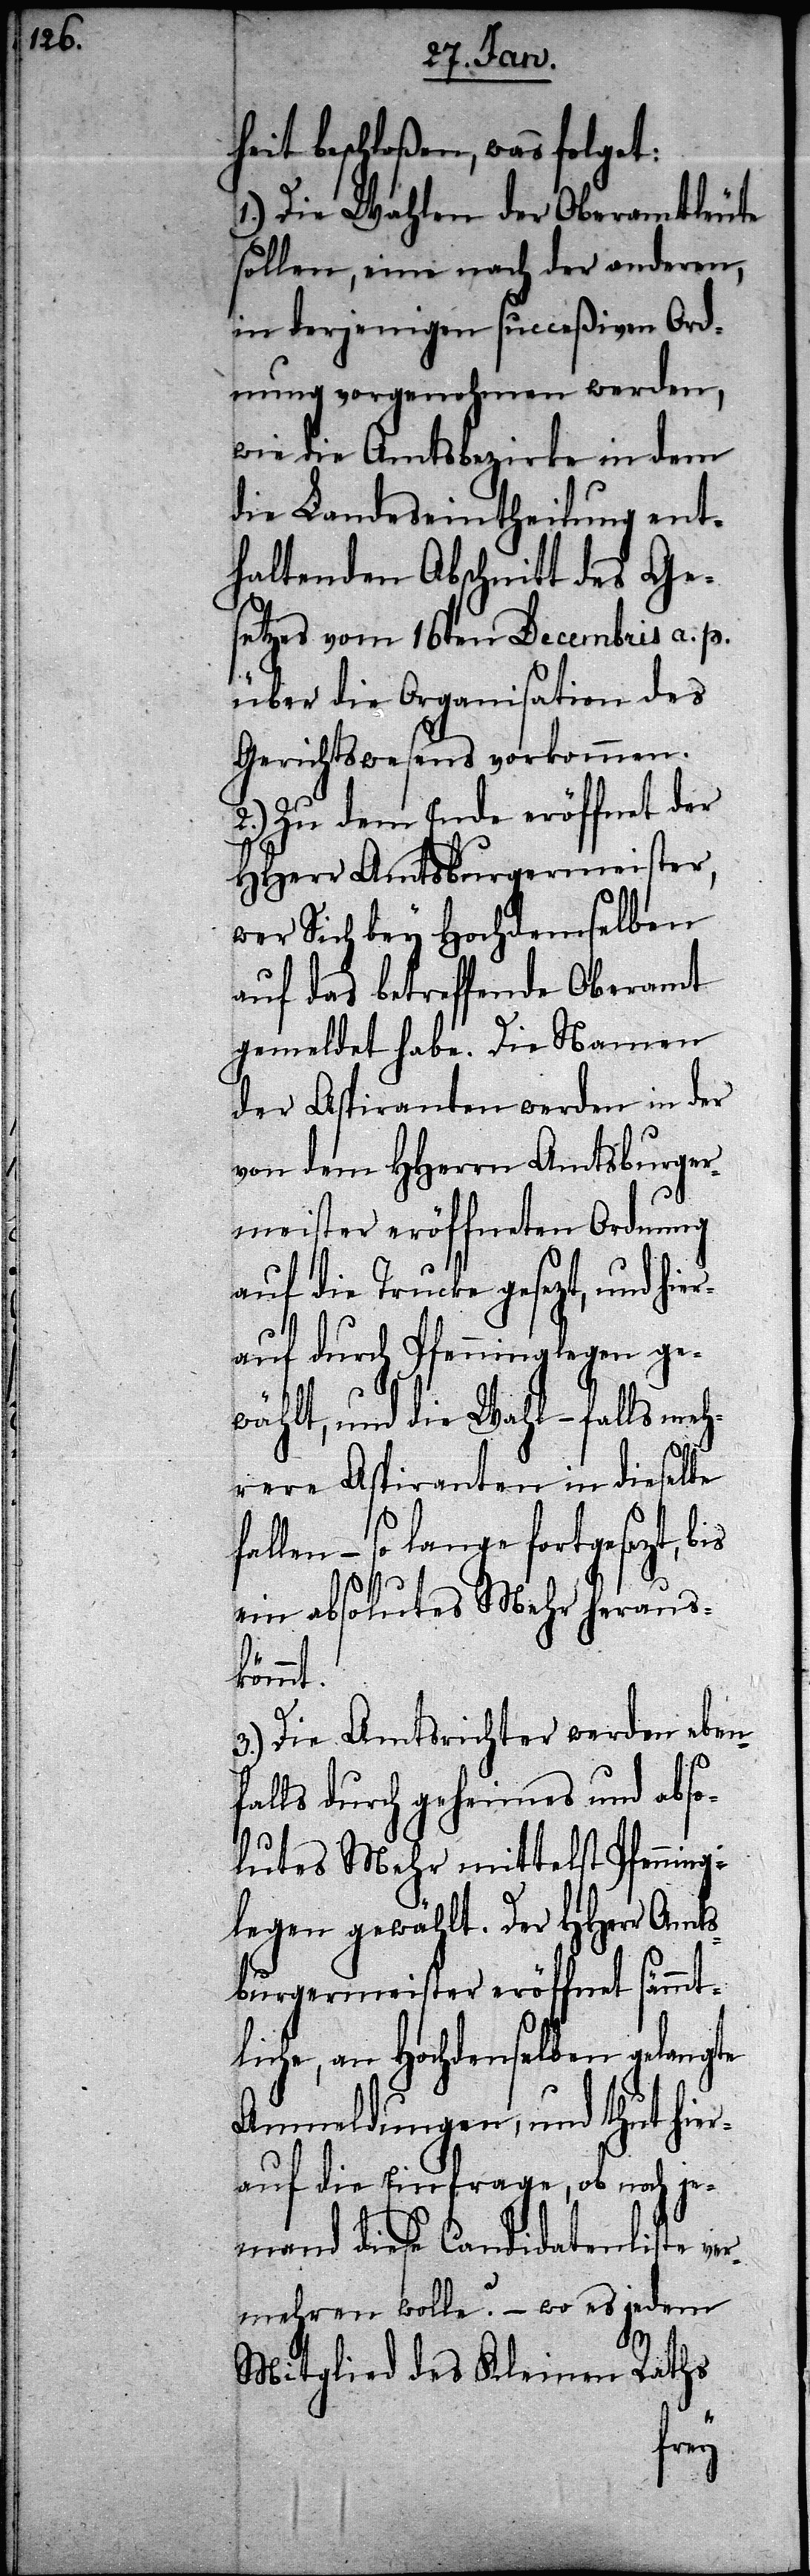
heit beschloßen, was folget:
1.) Die Wahlen der Oberamtleute
sollen, eine nach der anderen,
in derjenigen succeßiven Ord¬
nung vorgenohmen werden,
wie die Amtsbezirke in dem
die Landeseintheilung ent¬
haltenden Abschnitt des Ge¬
setzes vom 16ten Decembris a. p.
über die Organisation des
Gerichtswesens vorkommen.
2.) Zu dem Ende eröffnet der
HHerr Amtsburgermeister,
wer Sich bey Hochdemselben
auf das betreffende Oberamt
gemeldet habe. Die Namen
der Aspiranten werden in der
von dem HHerren Amtsburger¬
meister eröffneten Ordnung
auf die Trucke gesetzt, und hi¬
erauf durch Pfenning legen ge¬
wählt, und die Wahl – falls meh¬
rere Aspiranten in dieselbe
len – so lange fortgesetzt,
ein absolutes Mehr heraus¬
kömmt.
3.) Die Amtsrichter werden eben¬
falls durch geheimes und abso¬
lutes Mehr mittelst Pfenning¬
legen gewählt. Der HHerr Amts¬
burgermeister eröffnet sämm¬
ltiche, an Hochdenselben gelangte
Anmeldungen, und thut hie¬
rauf die Einfrage, ob noch je¬
mand diese Candidatenliste ver¬
mehren wolle? – wo es jedem
Mitglied des Kleinen Raths
fal¬